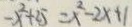
- x ^ { 2 } + 2 5 = x ^ { 2 } - 2 x + 1